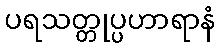
ပရသတ္တုပ္ပဟာရာနံ